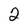
Character: 2